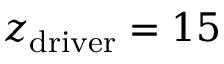
z _ { \mathrm { d r i v e r } } = 1 5